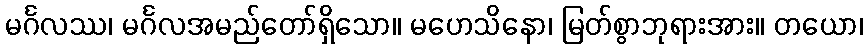
မင်္ဂလဿ၊ မင်္ဂလအမည်တော်ရှိသော။ မဟေသိနော၊ မြတ်စွာဘုရားအား။ တယော၊